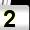
Digit: 2